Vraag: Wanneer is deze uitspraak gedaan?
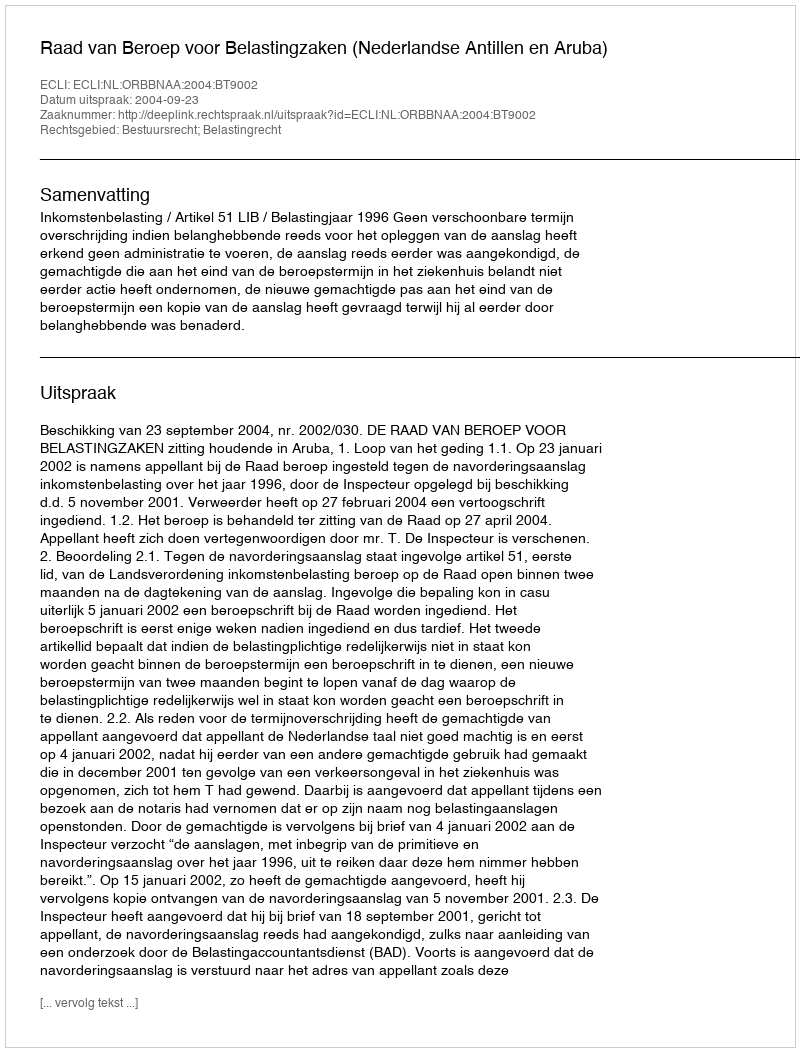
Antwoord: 2004-09-23